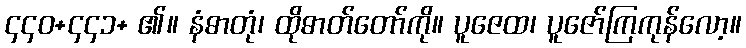
၄၄၀+၄၄၁+ ၏။ နံဓာတုံ၊ ထိုဓာတ်တော်ကို။ ပူဇေထ၊ ပူဇော်ကြကုန်လော့။